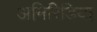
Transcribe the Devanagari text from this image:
अनिरिडिया